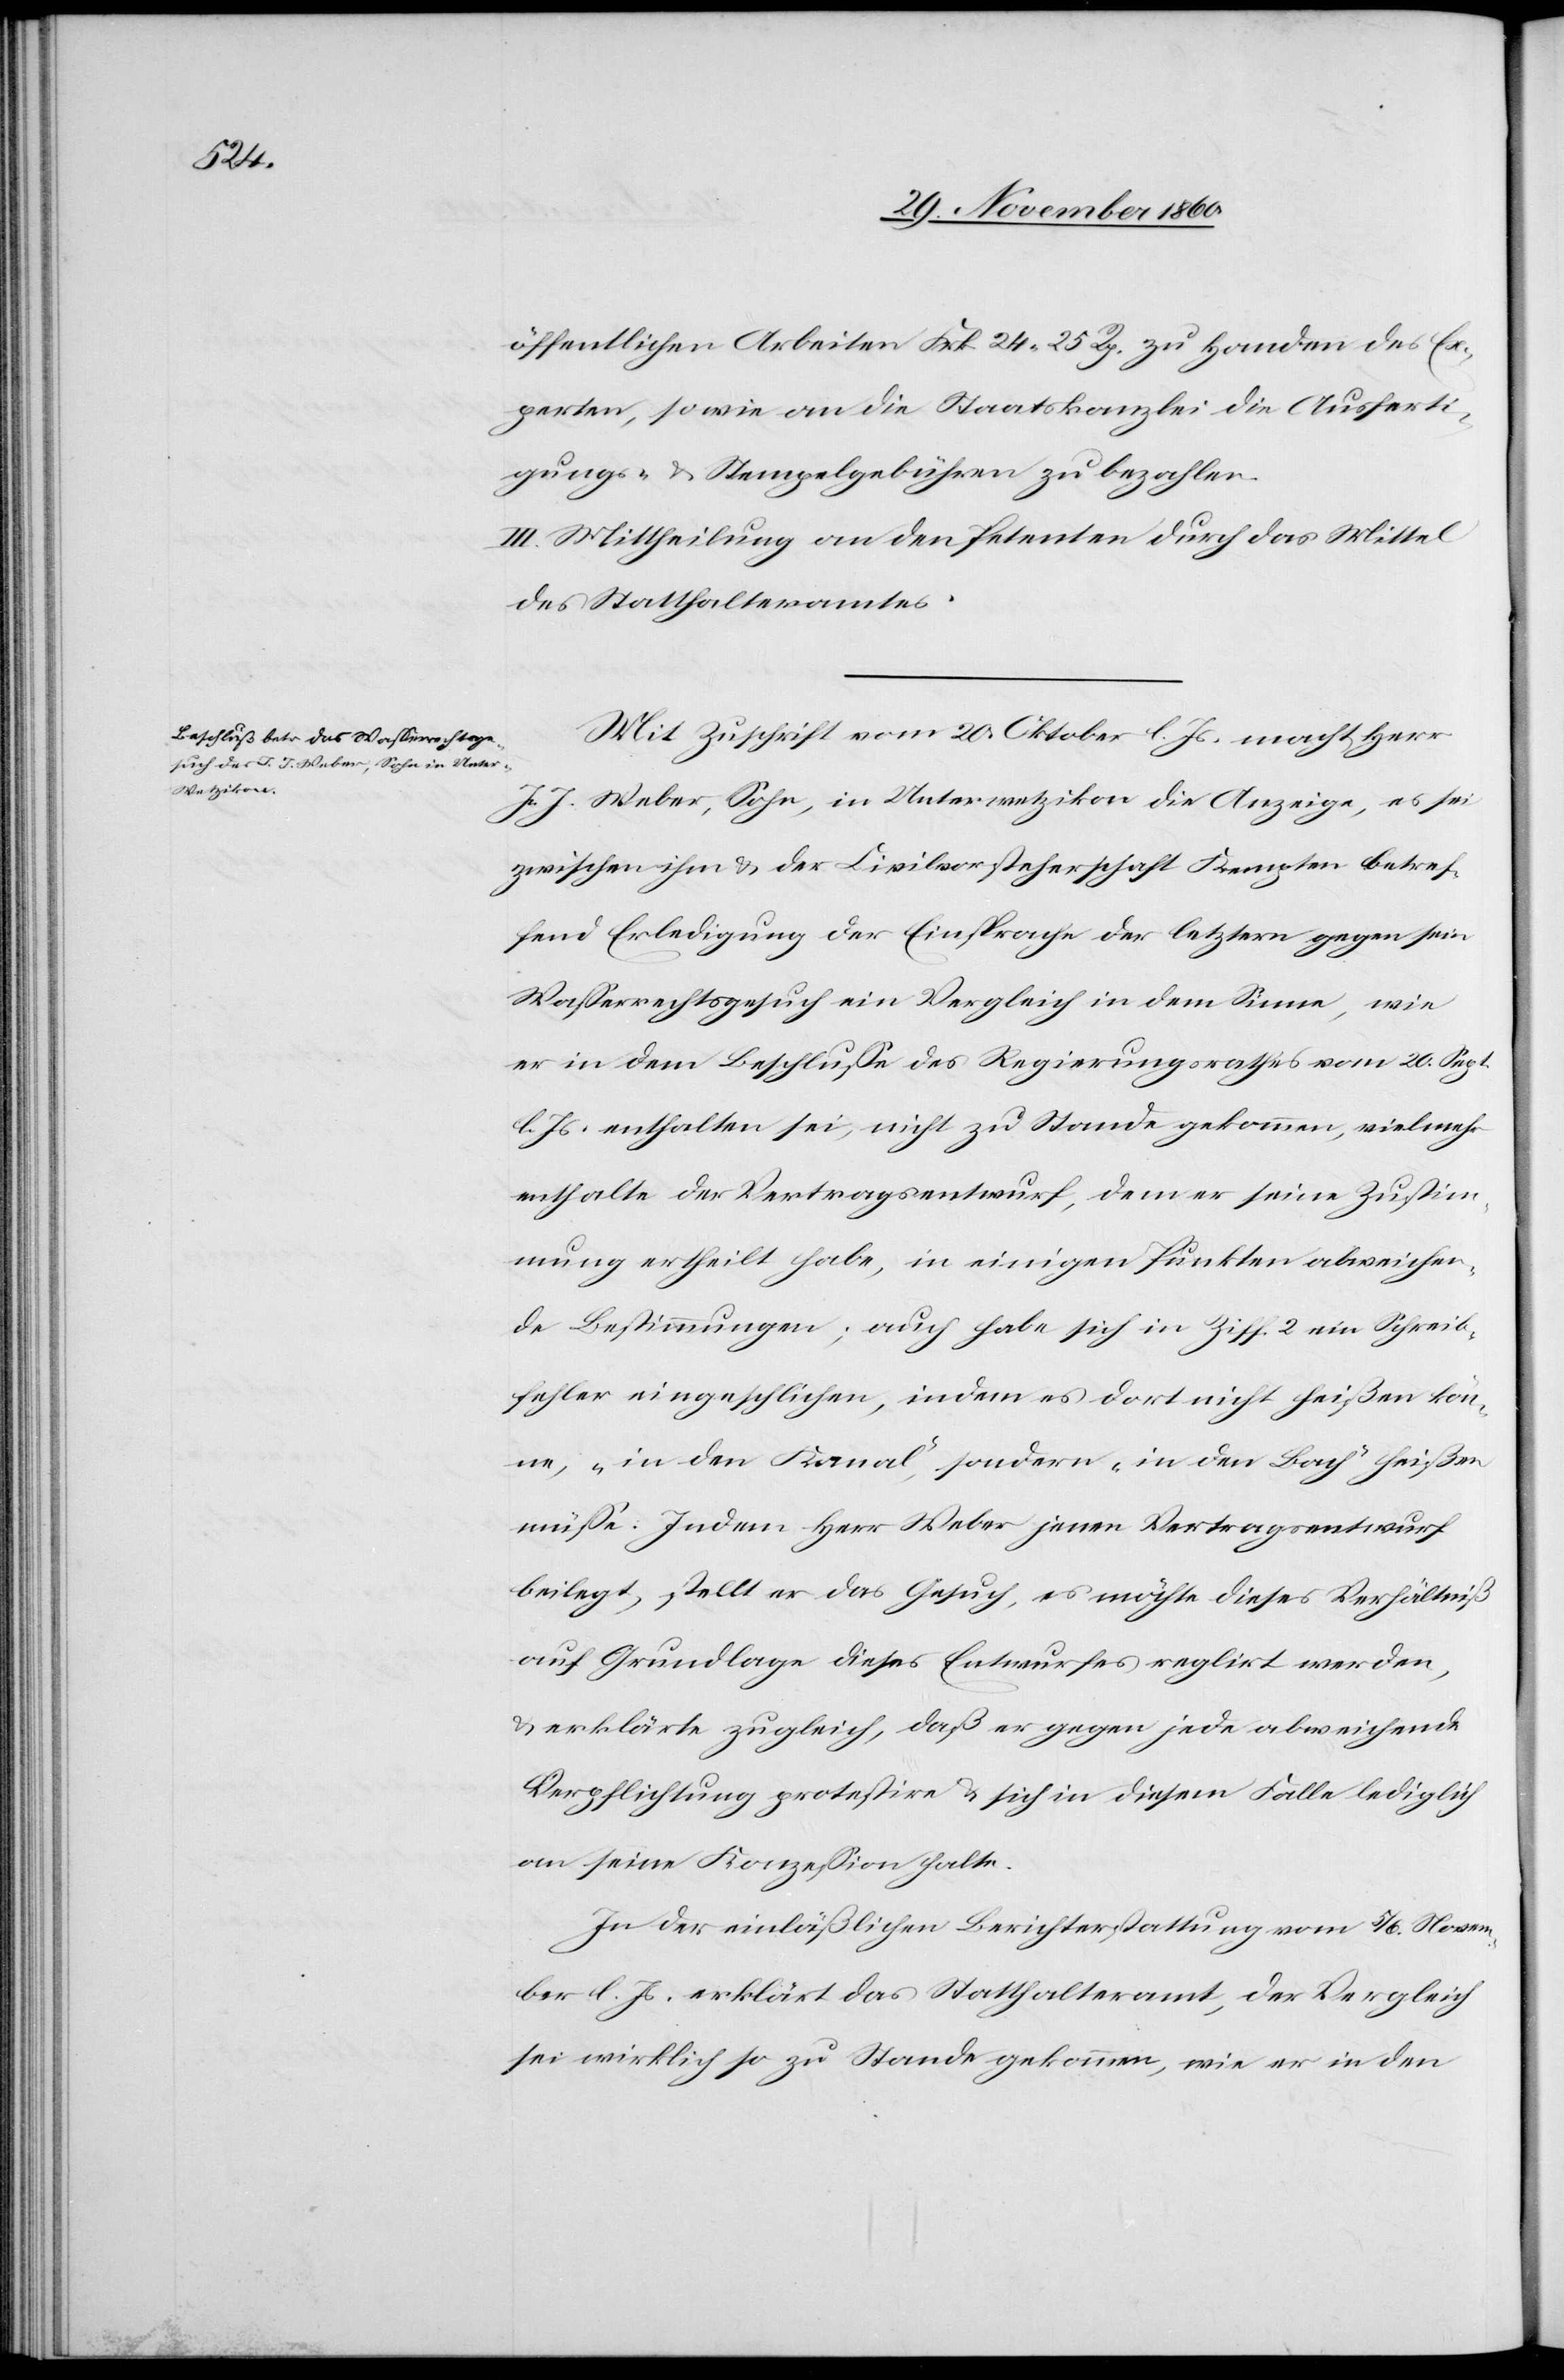
öffentlichen Arbeiten Frk. 24 25 Rp. zu Handen des Ex¬
perten, sowie an die Staatskanzlei die Ausferti¬
gungs- u. Stempelgebühren zu bezahlen.
III. Mittheilung an den Petenten durch das Mittel
des Statthalteramtes.
Mit Zuschrift vom 20. Oktober l. Js. macht Herr
J. J. Weber, Sohn, in Unterwetzikon die Anzeige, es sei
zwischen ihm u. der Civilvorsteherschaft Kempten betref¬
fend Erledigung der Einsprache der letztern gegen sein
Wasserrechtsgesuch ein Vergleich in dem Sinne, wie
er in dem Beschlusse des Regierungsrathes vom 20. Sept.
l. Js. enthalten sei, nicht zu Stande gekommen, vielmehr
enthalte der Vertragentwurf, dem er seine Zustim¬
mung ertheilt habe, in einigen Punkten abweichen¬
de Bestimmungen; auch habe sich in Ziff. 2 ein Schreib¬
fehler eingeschlichen, indem es dort nicht heißen kön¬
ne, „in den Kanal“, sondern „in den Bach“ heißen
müsse. Indem Herr Weber jenen Vertragsentwurf
beilegt, stellt er das Gesuch, es möchte dieses Verhältniß
auf Grundlage dieses Entwurfes regulirt werden,
u. erklärte zugleich, daß er gegen jede abweichende
Verpflichtung protestire u. sich in diesem Falle lediglich
an seine Konzession halte.
In der einläßlichen Berichterstattung vom 5./6. Novem¬
ber l. Js. erklärt das Statthalteramt, der Vergleich
sei wirklich so zu Stande gekommen, wie er in den